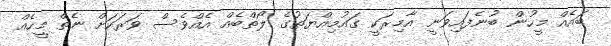
ބައެއް މީހުން ބުނެފައިވަނީ އާމިރަކީ ގައުމިއްޔަތުގެ ލޯތްބެއް އެއްވެސް ވަރަކަށް ނެތް މީހެއް